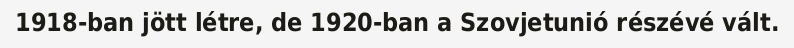
1918-ban jött létre, de 1920-ban a Szovjetunió részévé vált.